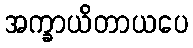
အက္ခာယိတာယပေ